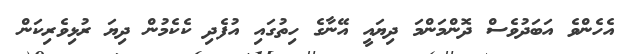
އެހެންވެ އަބަދުވެސް ދޮންމަންމަ ދިޔައީ އޭނާގެ ހިތުގައި އުފެދި ކެކެމުން ދިޔަ ރުޅިވެރިކަން